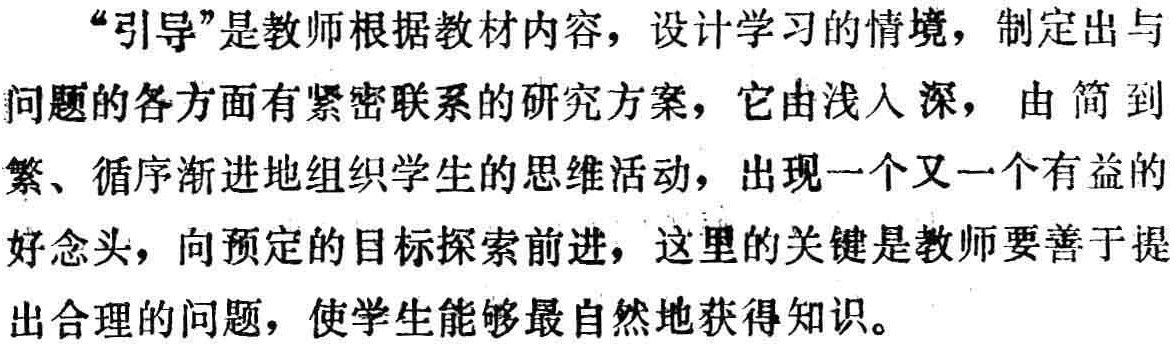
“引导”是教师根据教材内容，设计学习的情境，制定出与问题的各方面有紧密联系的研究方案，它由浅入深，由简到繁、循序渐进地组织学生的思维活动，出现一个又一个有益的好念头，向预定的目标探索前进，这里的关键是教师要善于提出合理的问题，使学生能够最自然地获得知识。